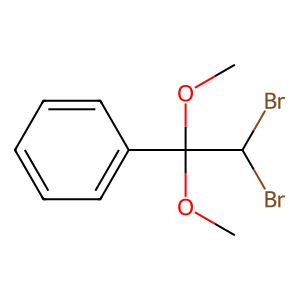
SMILES: COC(OC)(c1ccccc1)C(Br)Br
Inhibits HIV replication: No